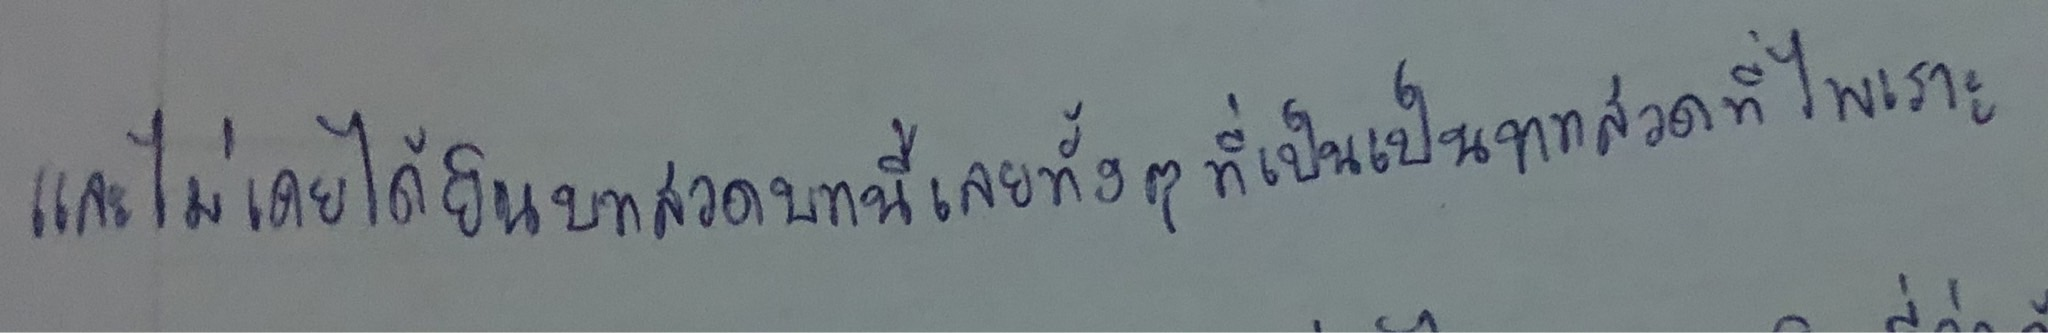
และไม่เคยได้ยินบทสวดบทนี้เลยทั้งๆ ที่เป็นบทสวดที่ไพเราะ